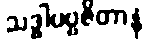
သဒ္ဓါပဗ္ဗဇိတာနံ